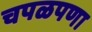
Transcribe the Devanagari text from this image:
चपळपणा